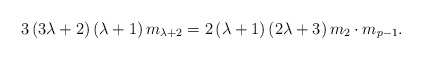
\begin{align*}3\left( 3\lambda +2\right) \left( \lambda +1\right) m_{\lambda +2} =2\left( \lambda +1\right) \left( 2\lambda +3\right) m_{2}\cdot m_{p-1}. \end{align*}